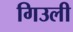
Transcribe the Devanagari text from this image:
गिउली